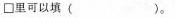
{\Box } 里可以填（）。